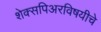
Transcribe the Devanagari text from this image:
शेक्सपिअरविषयीचे